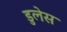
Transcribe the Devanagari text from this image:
डुलेस